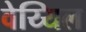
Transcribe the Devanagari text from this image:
वेय्यिल